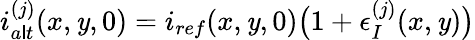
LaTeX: i_{a\mathsf{l}t}^{(j)}(x,\mathit{y},0)=i_{ref}(x,\mathit{y},0)\big(1+\epsilon_{I}^{(j)}(x,\mathit{y})\big)